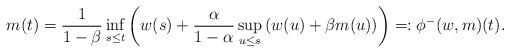
LaTeX: \begin{align*}m(t) = \frac{1}{1-\beta} \inf_{s \leq t}\left( w(s) + \frac{\alpha}{1-\alpha} \sup_{u \leq s} \left( w(u) +\beta m(u)\right) \right) =: \phi^-(w,m) (t).\end{align*}